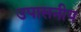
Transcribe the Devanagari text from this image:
उपासनीय